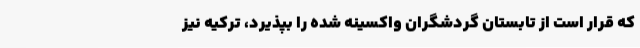
که قرار است از تابستان گردشگران واکسینه شده را بپذیرد، ترکیه نیز